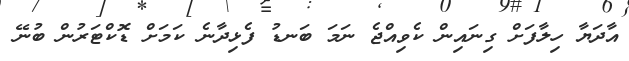
އާދަޔާ ހިލާފަށް ގިނައިން ކެވިއްޖެ ނަމަ ބަނޑު ފެޅިދާނެ ކަމަށް ޑޮކްޓަރުން ބުނޭ